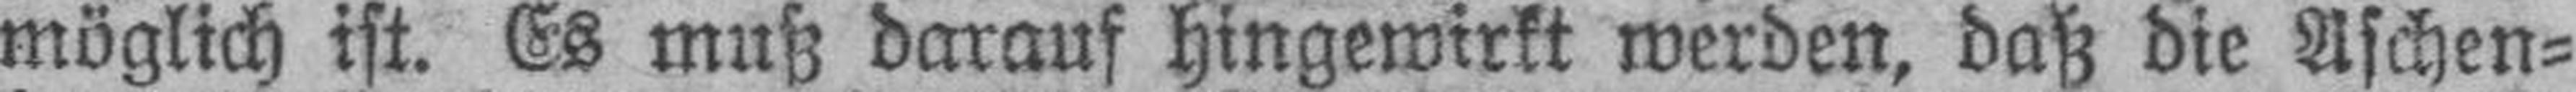
möglich ist. Es muß darauf hingewirkt werden, daß die Aschen¬